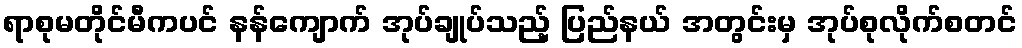
ရာစုမတိုင်မီကပင် နန်ကျောက် အုပ်ချုပ်သည့် ပြည်နယ် အတွင်းမှ အုပ်စုလိုက်စတင်